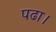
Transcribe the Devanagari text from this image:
पढा।